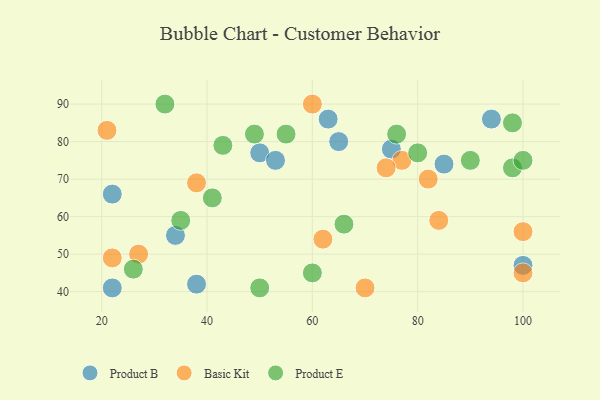
{"axis": {"x": "GDP", "y": "Life Expectancy"}, "legend": ["Basic Kit", "Product B", "Product E"], "data": [{"x": "63", "y": 86, "type": "Product B"}, {"x": "85", "y": 74, "type": "Product B"}, {"x": "100", "y": 47, "type": "Product B"}, {"x": "34", "y": 55, "type": "Product B"}, {"x": "22", "y": 66, "type": "Product B"}, {"x": "75", "y": 78, "type": "Product B"}, {"x": "50", "y": 77, "type": "Product B"}, {"x": "53", "y": 75, "type": "Product B"}, {"x": "38", "y": 42, "type": "Product B"}, {"x": "22", "y": 41, "type": "Product B"}, {"x": "94", "y": 86, "type": "Product B"}, {"x": "65", "y": 80, "type": "Product B"}, {"x": "60", "y": 90, "type": "Basic Kit"}, {"x": "27", "y": 50, "type": "Basic Kit"}, {"x": "62", "y": 54, "type": "Basic Kit"}, {"x": "21", "y": 83, "type": "Basic Kit"}, {"x": "100", "y": 45, "type": "Basic Kit"}, {"x": "77", "y": 75, "type": "Basic Kit"}, {"x": "84", "y": 59, "type": "Basic Kit"}, {"x": "82", "y": 70, "type": "Basic Kit"}, {"x": "22", "y": 49, "type": "Basic Kit"}, {"x": "70", "y": 41, "type": "Basic Kit"}, {"x": "38", "y": 69, "type": "Basic Kit"}, {"x": "100", "y": 56, "type": "Basic Kit"}, {"x": "74", "y": 73, "type": "Basic Kit"}, {"x": "98", "y": 73, "type": "Product E"}, {"x": "50", "y": 41, "type": "Product E"}, {"x": "32", "y": 90, "type": "Product E"}, {"x": "60", "y": 45, "type": "Product E"}, {"x": "66", "y": 58, "type": "Product E"}, {"x": "41", "y": 65, "type": "Product E"}, {"x": "55", "y": 82, "type": "Product E"}, {"x": "80", "y": 77, "type": "Product E"}, {"x": "98", "y": 85, "type": "Product E"}, {"x": "49", "y": 82, "type": "Product E"}, {"x": "76", "y": 82, "type": "Product E"}, {"x": "26", "y": 46, "type": "Product E"}, {"x": "35", "y": 59, "type": "Product E"}, {"x": "100", "y": 75, "type": "Product E"}, {"x": "43", "y": 79, "type": "Product E"}, {"x": "90", "y": 75, "type": "Product E"}]}